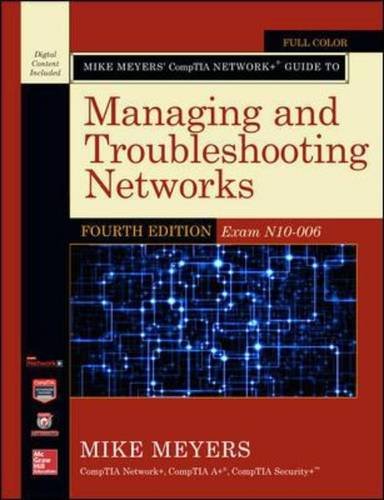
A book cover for Mike Meyers' CompTIA Network+ Guide to Managing and Troubleshooting Networks, Fourth Edition (Exam N10-006) (Mike Meyers' Computer Skills); Mike Meyers; Computers & Technology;